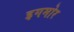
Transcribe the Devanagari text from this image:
इगमोर